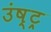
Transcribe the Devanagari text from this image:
उंष्ट्र